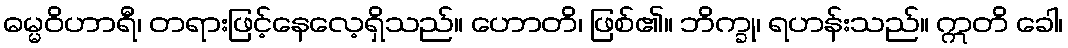
ဓမ္မဝိဟာရီ၊ တရားဖြင့်နေလေ့ရှိသည်။ ဟောတိ၊ ဖြစ်၏။ ဘိက္ခု၊ ရဟန်းသည်။ ဣတိ ခေါ၊